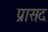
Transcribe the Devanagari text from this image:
प्रासद